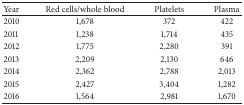
<table><thead><tr><td><b>Year</b></td><td><b>Red cells/whole blood</b></td><td><b>Platelets</b></td><td><b>Plasma</b></td></tr></thead><tbody><tr><td>2010</td><td>1,678</td><td>372</td><td>422</td></tr><tr><td>2011</td><td>1,238</td><td>1,714</td><td>435</td></tr><tr><td>2012</td><td>1,775</td><td>2,280</td><td>391</td></tr><tr><td>2013</td><td>2,209</td><td>2,130</td><td>646</td></tr><tr><td>2014</td><td>2,362</td><td>2,788</td><td>2,013</td></tr><tr><td>2015</td><td>2,427</td><td>3,404</td><td>1,282</td></tr><tr><td>2016</td><td>1,564</td><td>2,981</td><td>1,670</td></tr></tbody></table>